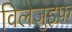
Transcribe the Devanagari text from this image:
विलेजुइफ़